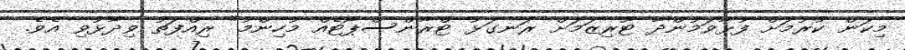
މިކަން ކުރުމަށް ފުޅާވަމުންދާ ޓޫރިޒަމަށް ރަނގަޅު ޓްރާންސްޕޯޓެއް މުހިންމު" ރިއްފަތު ވިދާޅުވި އެވެ.